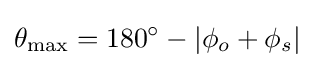
\theta _{\text{max}}=180^{\circ }-|\phi _{o}+\phi _{s}|